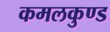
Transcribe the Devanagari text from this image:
कमलकुण्ड